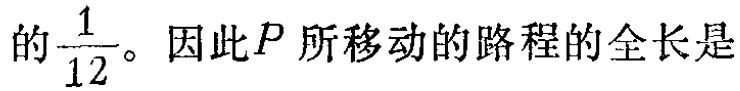
的$\frac{1}{12}$。因此$P$ 所移动的路程的全长是